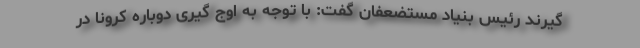
گیرند رئیس بنیاد مستضعفان گفت: با توجه به اوج گیری دوباره کرونا در